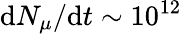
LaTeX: \mathrm{d}N_{\mu}/\mathrm{d}t\sim10^{12}